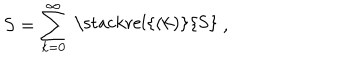
S = \sum _ { k = 0 } ^ { \infty } { \raise 1 . 2 p t \mathrm { ~ \stackrel { ( k ) } { S } ~ } } ,